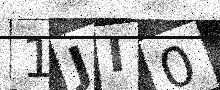
Text: 1JI0